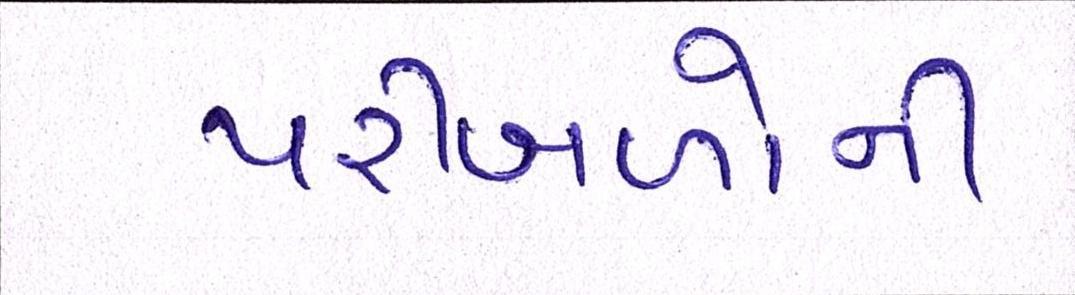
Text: પરીબળોની